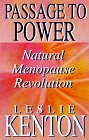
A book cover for Passage to Power: Natural Menopause Revolution; Leslie Kenton; Health, Fitness & Dieting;